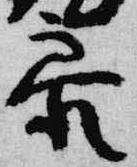
参